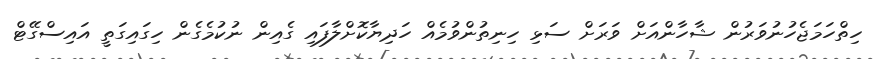
ހިތްހަމަޖެހުނުވަރުން ޝާހާންއަށް ވަރަށް ސަޅި ހިނިތުންވުމެއް ހަދިޔާކޮށްލާފައި ގެއިން ނުކުމެގެން ހިގައިގަތީ އައިސްގޭޓް